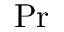
\mathrm { P r }